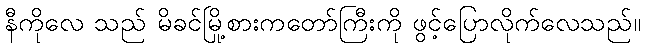
နီကိုလေ သည် မိခင်မြို့စားကတော်ကြီးကို ဖွင့်ပြောလိုက်လေသည်။